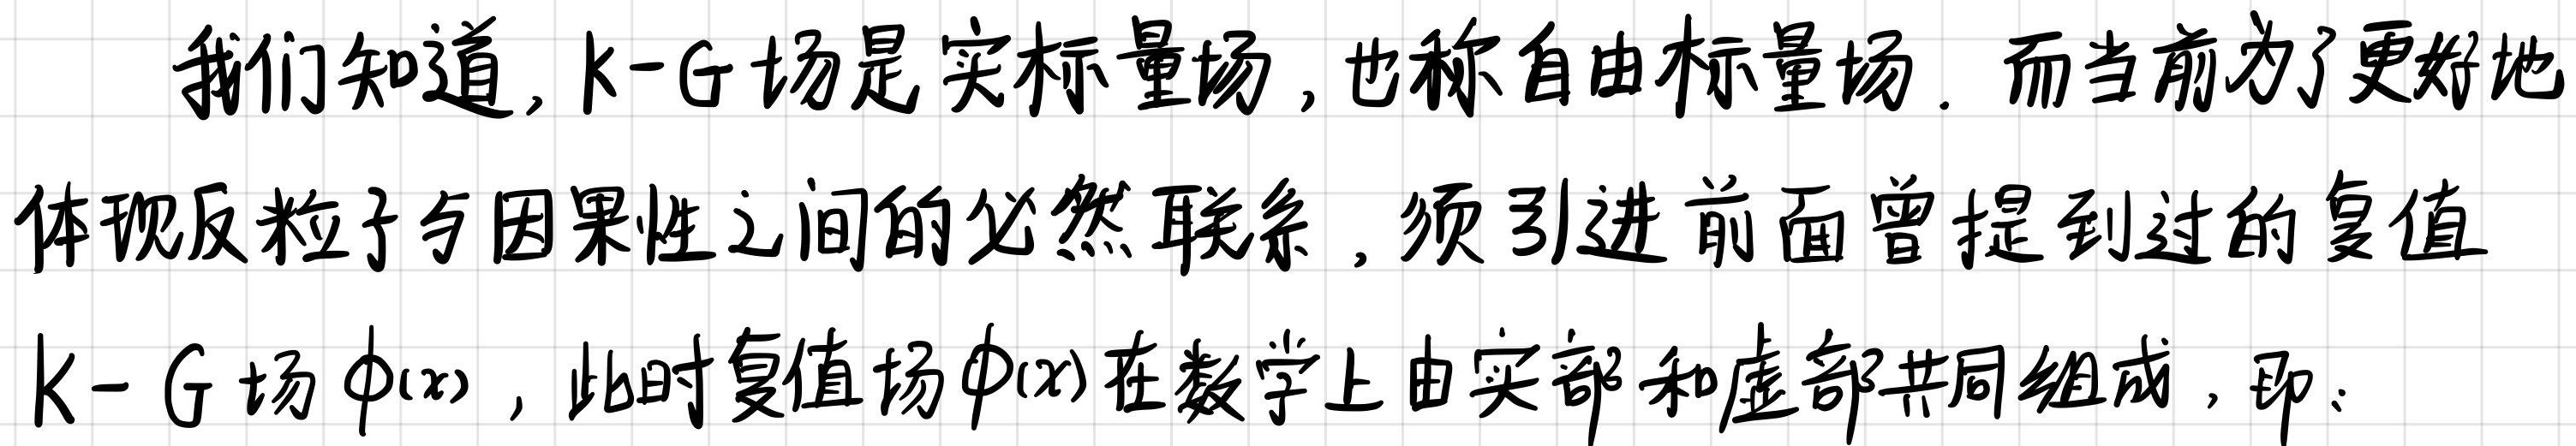
我们知道, k-G 场是实标量场, 也称自由标量场. 而当前为了更好地体现反粒子与因果性之间的必然联系, 须引进前面曾提到过的复值k-G 场$\phi(x)$ , 此时复值场$\phi(x)$在数学上由实部和虚部共同组成, 即: